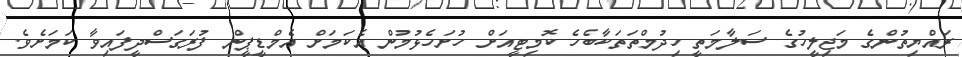
ރައްޔިތުންގެ މަޖިލީހުގެ ސަލާމަތީ ހިދުމްތަތަކާބެހެ ކޮމިޓީއަށް ހުށަހެޅުމުން އެކަމަށް އެމްޑީޕީން ފުރަގަސްދީފައިވާ ކަމަށެވެ.